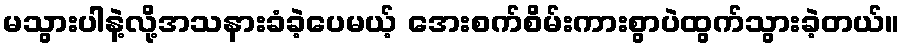
မသွားပါနဲ့လို့အသနားခံခဲ့ပေမယ့် အေးစက်စိမ်းကားစွာပဲထွက်သွားခဲ့တယ်။